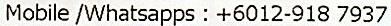
MOBILE /WHATSAPPS : +6012-918 7937